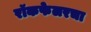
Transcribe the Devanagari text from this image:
रॉकफेलरचा